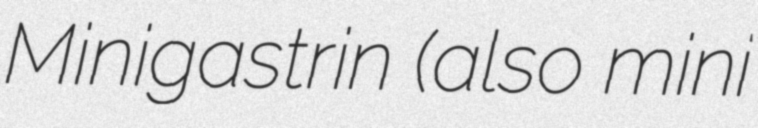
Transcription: Minigastrin (also mini